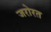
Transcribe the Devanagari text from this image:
जरोरत